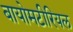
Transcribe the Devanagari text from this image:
बायोमटीरियल